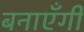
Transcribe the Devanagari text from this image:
बनाएँगी